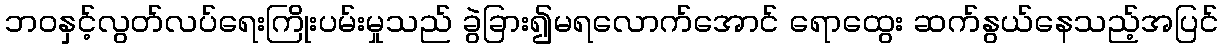
ဘဝနှင့်လွတ်လပ်ရေးကြိုးပမ်းမှုသည် ခွဲခြား၍မရလောက်အောင် ရောထွေး ဆက်နွယ်နေသည့်အပြင်